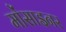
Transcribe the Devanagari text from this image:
मोंसाइनर